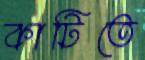
কাটিতে